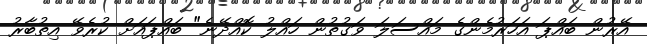
އޭރުން ބައްޕަ އަހަރުމެންގެ މައްސަލަ ވަގުތުން ހައްލު ކޮއްދޭނެ" ބައްޕައަށް ކުރެވޭ އިތުބާރު